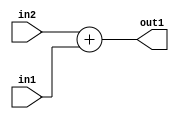
`timescale 1ps / 1ps
/*****************************************************************************
    Verilog RTL Description
    
    
    Created by: Stratus DpOpt 21.05.01 
*******************************************************************************/

module SobelFilter_Add_6Sx5U_6S_1 (
	in2,
	in1,
	out1
	); /* architecture "behavioural" */ 
input [5:0] in2;
input [4:0] in1;
output [5:0] out1;
wire [5:0] asc001;

assign asc001 = 
	+(in2)
	+(in1);

assign out1 = asc001;
endmodule

/* CADENCE  ubD0Qw8= : u9/ySxbfrwZIxEzHVQQV8Q== ** DO NOT EDIT THIS LINE ******/